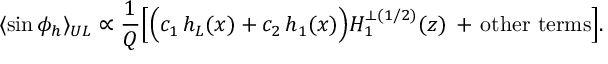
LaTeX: \langle \sin \phi _ { h } \rangle _ { U L } \propto \frac { 1 } { Q } \Big [ \Big ( c _ { 1 } \, h _ { L } ( x ) + c _ { 2 } \, h _ { 1 } ( x ) \Big ) H _ { 1 } ^ { \perp ( 1 / 2 ) } ( z ) \, + \, \mathrm { o t h e r ~ t e r m s } \Big ] .